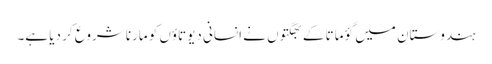
ہندوستان میں گؤ ماتا کے بھگتوں نے انسانی دیوتاؤں کو مارنا شروع کر دیا ہے۔